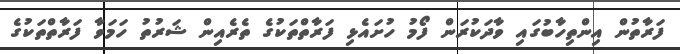
ފަރާތުން އިންތިހާބުގައި ވާދަކުރަން ފޯމު ހުށައެޅި ފަރާތްތަކުގެ ތެރެއިން ޝަރުތު ހަމަވާ ފަރާތްތަކުގެ